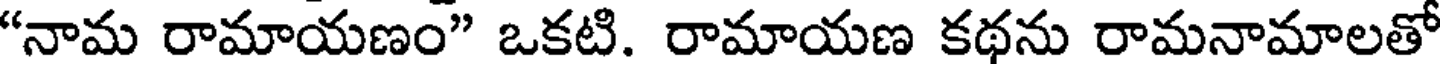
"నామ రామాయణం" ఒకటి. రామాయణ కథను రామనామాలతో